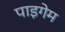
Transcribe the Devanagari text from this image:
पाइगेम